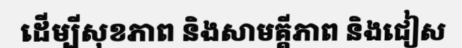
ដើម្បីសុខភាព និងសាមគ្គីភាព និងជៀស